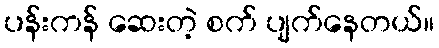
ပန်းကန် ဆေးတဲ့ စက် ပျက်နေတယ်။